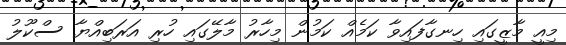
މިއީ މާޒީގައި ހިނގާފައިވާ ކަމެއް ކަމުން މިހާރު މާލޭގައި ހުރި އަރަބިއްޔާ ސްކޫލު